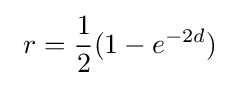
\ r={\frac {1}{2}}(1-e^{-2d})